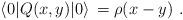
LaTeX: \begin{align*}\langle 0|Q(x,y)|0\rangle \, = \rho(x-y) \ .\end{align*}